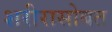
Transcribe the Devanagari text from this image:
शरीरासोबत